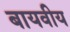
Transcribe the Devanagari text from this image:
बायवीय